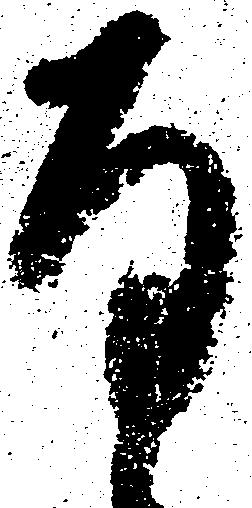
存